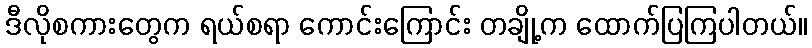
ဒီလိုစကားတွေက ရယ်စရာ ကောင်းကြောင်း တချို့က ထောက်ပြကြပါတယ်။